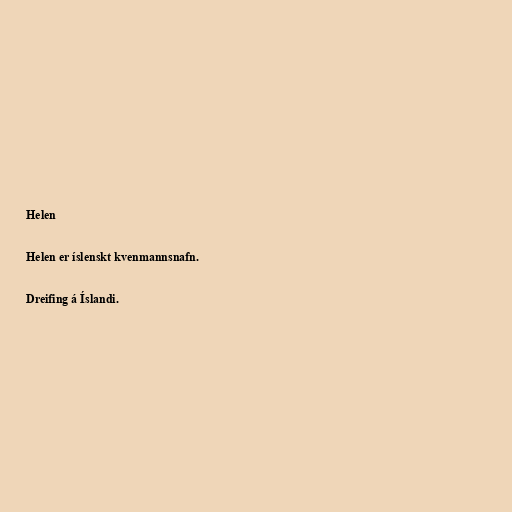
Helen

Helen er íslenskt kvenmannsnafn.

Dreifing á Íslandi.